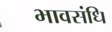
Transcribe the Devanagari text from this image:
भावसंधि